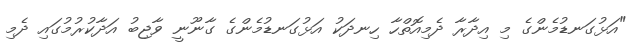
"އަޅުގަނޑުމެންގެ މި އިދާރާ ދެމިއޮތްހާ ހިނދަކު އަޅުގަނޑުމެންގެ ގާނޫނީ ވާޖިބު އަދާކުރުމުގައި ދެމި